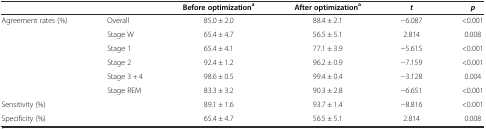
<table><thead><tr><td></td><td></td><td><b>Before optimization<sup>a</sup></b></td><td><b>After optimization<sup>a</sup></b></td><td><b><i>t</i></b></td><td><b><i>p</i></b></td></tr></thead><tbody><tr><td>Agreement rates (%)</td><td>Overall</td><td>85.0 ± 2.0</td><td>88.4 ± 2.1</td><td>-6.087</td><td>&lt;0.001</td></tr><tr><td></td><td>Stage W</td><td>65.4 ± 4.7</td><td>56.5 ± 5.1</td><td>2.814</td><td>0.008</td></tr><tr><td></td><td>Stage 1</td><td>65.4 ± 4.1</td><td>77.1 ± 3.9</td><td>-5.615</td><td>&lt;0.001</td></tr><tr><td></td><td>Stage 2</td><td>92.4 ± 1.2</td><td>96.2 ± 0.9</td><td>-7.159</td><td>&lt;0.001</td></tr><tr><td></td><td>Stage 3 + 4</td><td>98.6 ± 0.5</td><td>99.4 ± 0.4</td><td>-3.128</td><td>0.004</td></tr><tr><td></td><td>Stage REM</td><td>83.3 ± 3.2</td><td>90.3 ± 2.8</td><td>-6.651</td><td>&lt;0.001</td></tr><tr><td>Sensitivity (%)</td><td></td><td>89.1 ± 1.6</td><td>93.7 ± 1.4</td><td>-8.816</td><td>&lt;0.001</td></tr><tr><td>Specificity (%)</td><td></td><td>65.4 ± 4.7</td><td>56.5 ± 5.1</td><td>2.814</td><td>0.008</td></tr></tbody></table>